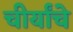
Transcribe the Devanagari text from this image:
चीर्यांचे